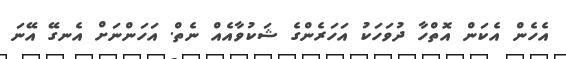
އެހެން އެކަން އޮތްހާ ދުވަހަކު އަހަރެންގެ ޝަކުވާއެއް ނެތް. އަހަންނަށް އެނގޭ އޭނަ